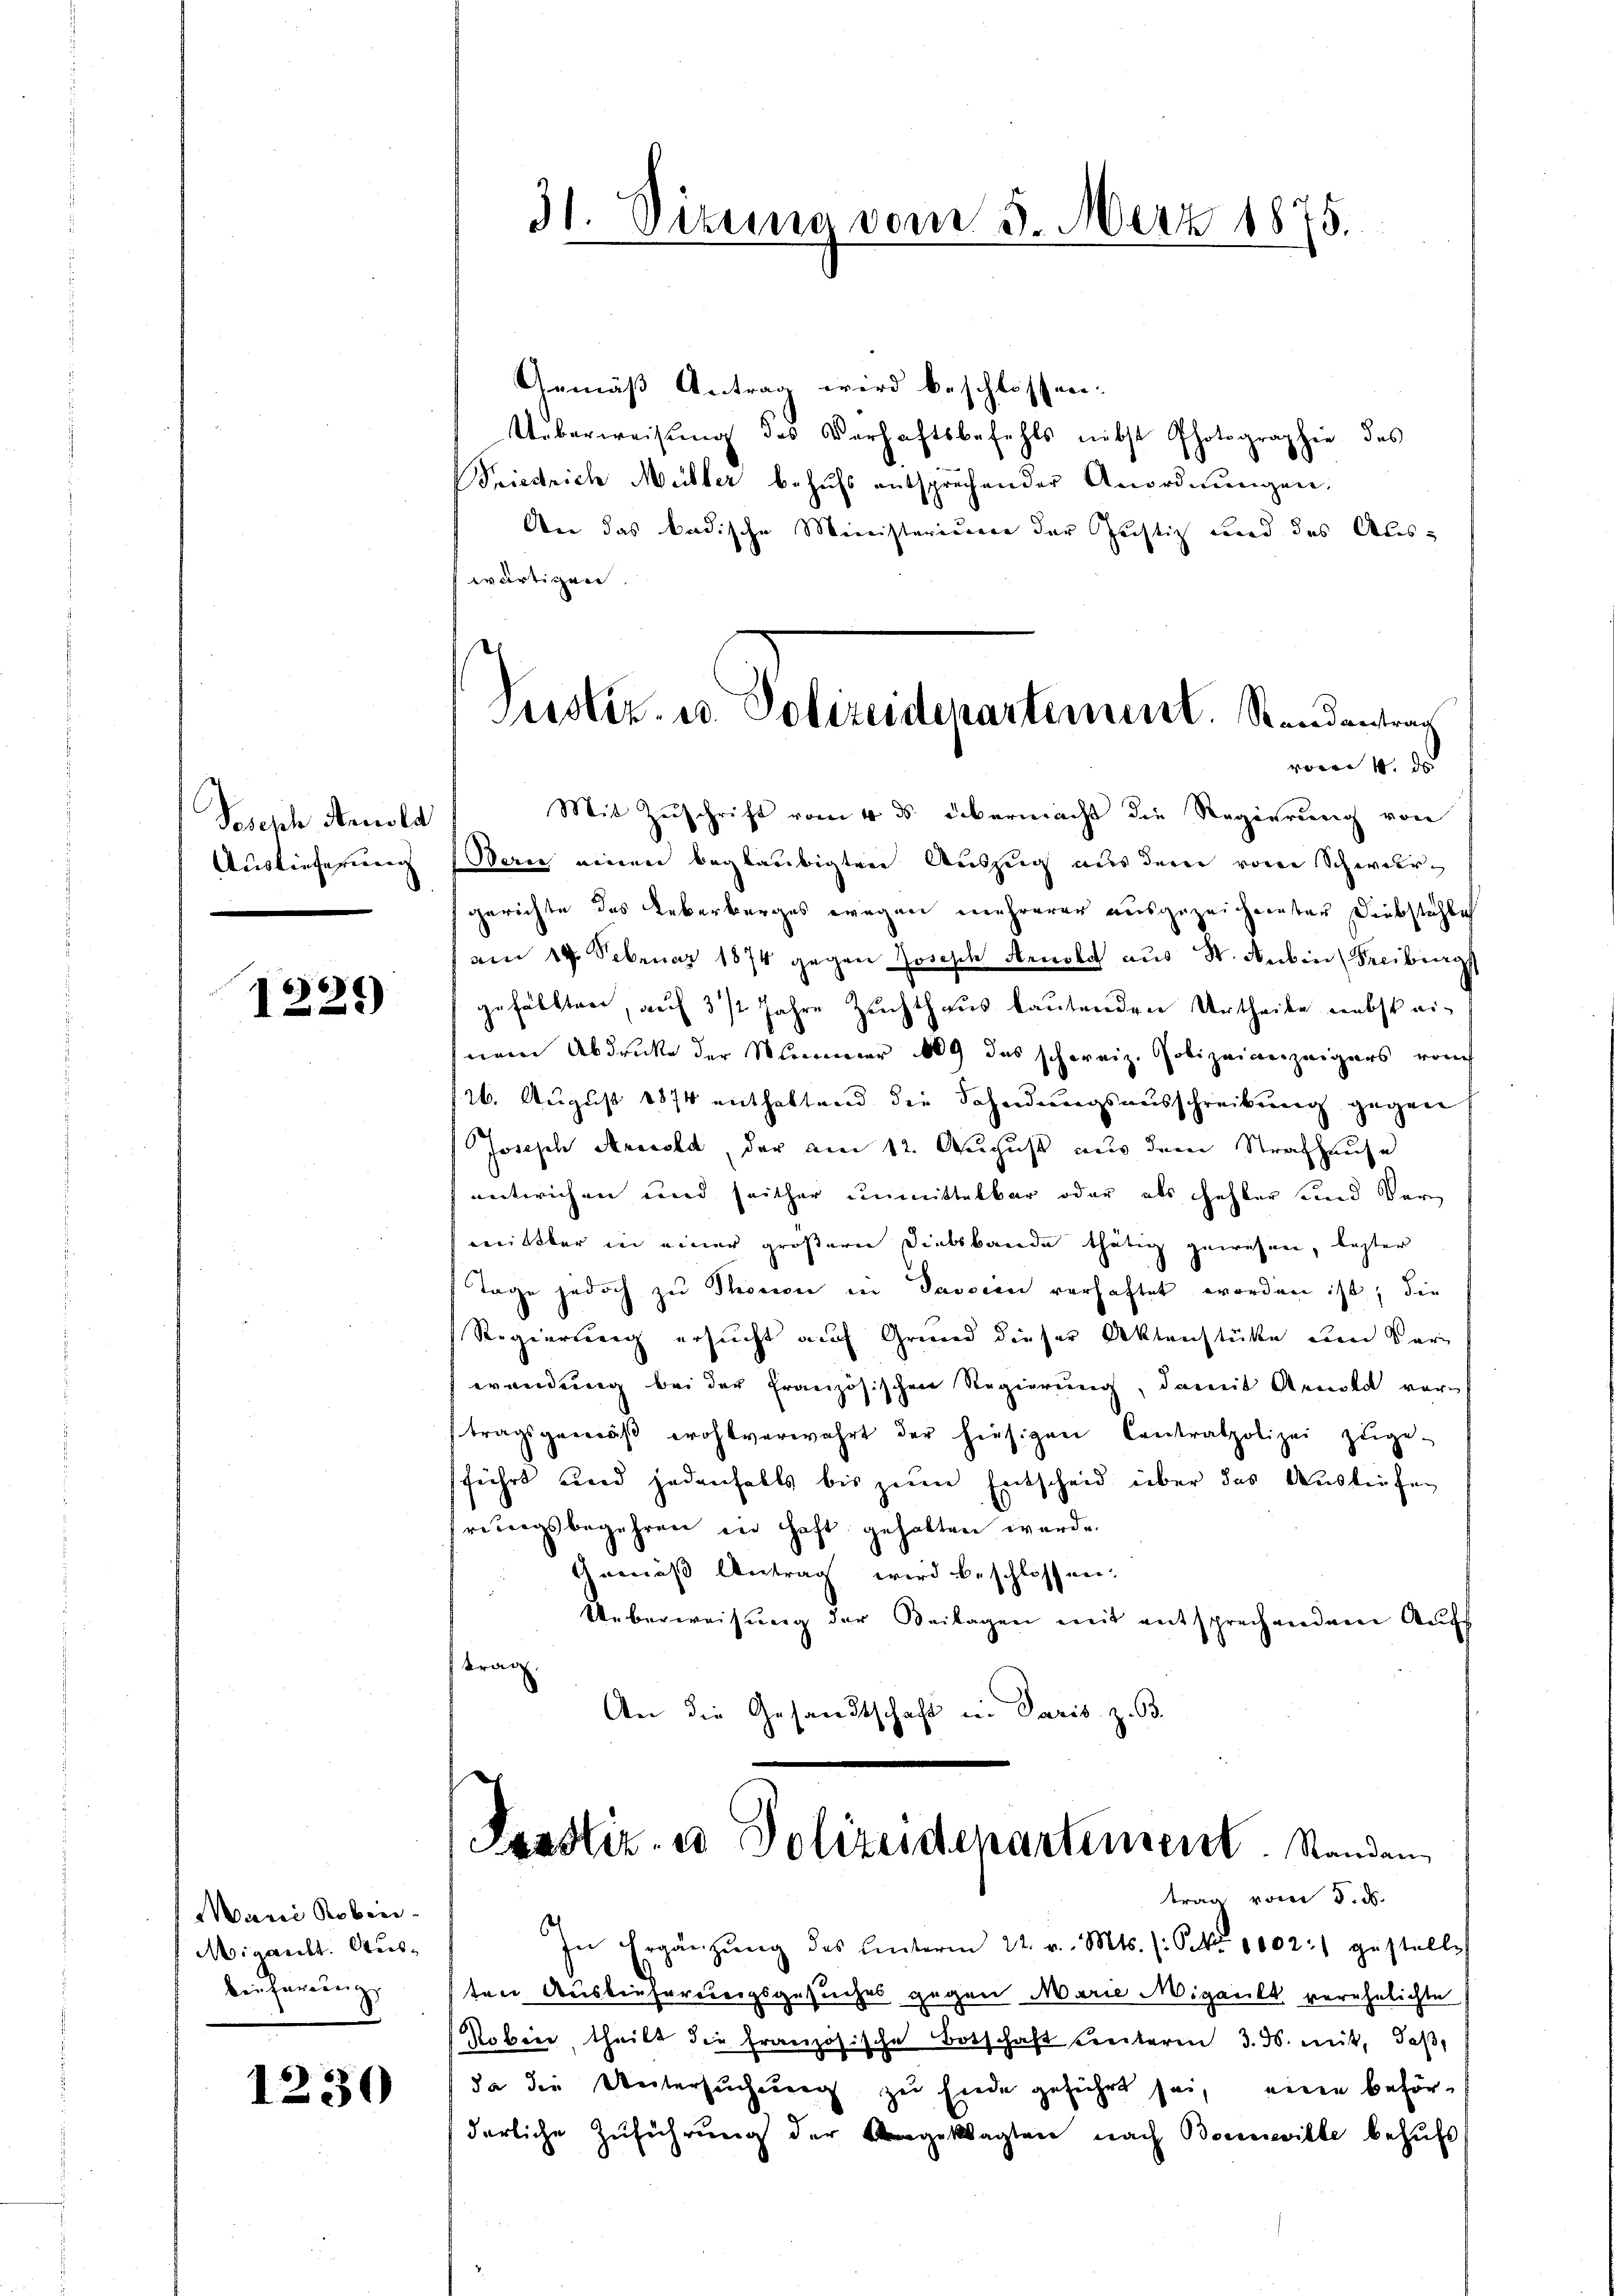
Joseph Arnold
Auslieferung

1221)

Manei Roben
Migant. Ausbeifargung,

1230

31. Vizuna vom 5. März 1875.

Gemäß Antrag wird beschlossen:
Ueberweisung des Verhaftsbefehls nebst Photographie des
Friedrich Müller behufs entsprechender Anordnungen.
An das badische Ministerieren der Justig wird des Auswärtigen.
Werie einen beglaubigten Auszeig aus dem von Schwergerichte das Ueberberges wegen mehrerer ausgezeichneten Diebstählich
am 19. Februar 1874 gegen Joseph Arnold aus St. Aubin (Freiburg
gefällten, auf 3 1/2 Jahre Zuchthaus lautenden Urtheile nebst ei-
nem Abdrucke der Simmer 109 das schweiz. Polizeianzeigers vom
126. August 1874 enthaltend die Schndungsausschreibung gegen
Joseph Anrecht, der am 12. August aus dem Strafhause
entwichen und seither unmittelbar oder als fehler und Ver
iltbar in einer größern Dielsbande thätig gewesen, lezter
Tage jedoch zu Thonon in Passin verhaftet worden ist, die
Regierung ersucht auf Grund dieser Aktenstüke um Sar
wendung bei der französischen Regierung, damit Arnold vortragsgemäβ wohlverwahrt der hiesigen Contratpolizei zuge-
führt und jedenfalls bis zum Entscheid über das Ausliefen
rungsbegehren in Haft gehalten werde.
Gemäß Antrag wird beschlossen.
Ueberweisung der Beilagen mit entsprechendem Auf¬
Kran
An die Gesandtschaft in Paris z. 63.
Faustiz- u Polizeidepartement. Standen
trag vom 5. d.
In Ergänzŭng des Unterm 22. v. Mts. (: S. 1002:) gestelle
ten Auslieferungsgesuches gegen Marie Migante verehelichte
Nobei theilt die französische Botschaft seiteren 3. ds. mit, daß,
da die Untersuchung zu Ende geführt sei, eine beförderliche Zuführung der Angeklagten nach Bewille behufs

ustiz, u. Polizeidepartement. Randantrag
wer d
Mit Zuschrift vom 4 des übermacht die Regierung von